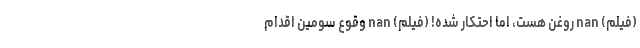
(فیلم) nan روغن هست، اما احتکار شده! (فیلم) nan وقوع سومین اقدام